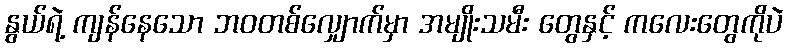
နွယ်ရဲ့ ကျန်နေသော ဘဝတစ်လျှောက်မှာ အမျိုးသမီး တွေနှင့် ကလေးတွေကိုပဲ